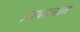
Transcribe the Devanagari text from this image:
प्राक्तनात